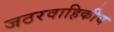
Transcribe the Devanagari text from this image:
जठरवाहिकीय